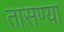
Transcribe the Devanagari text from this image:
तासण्या